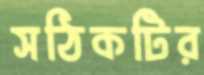
সঠিকটির